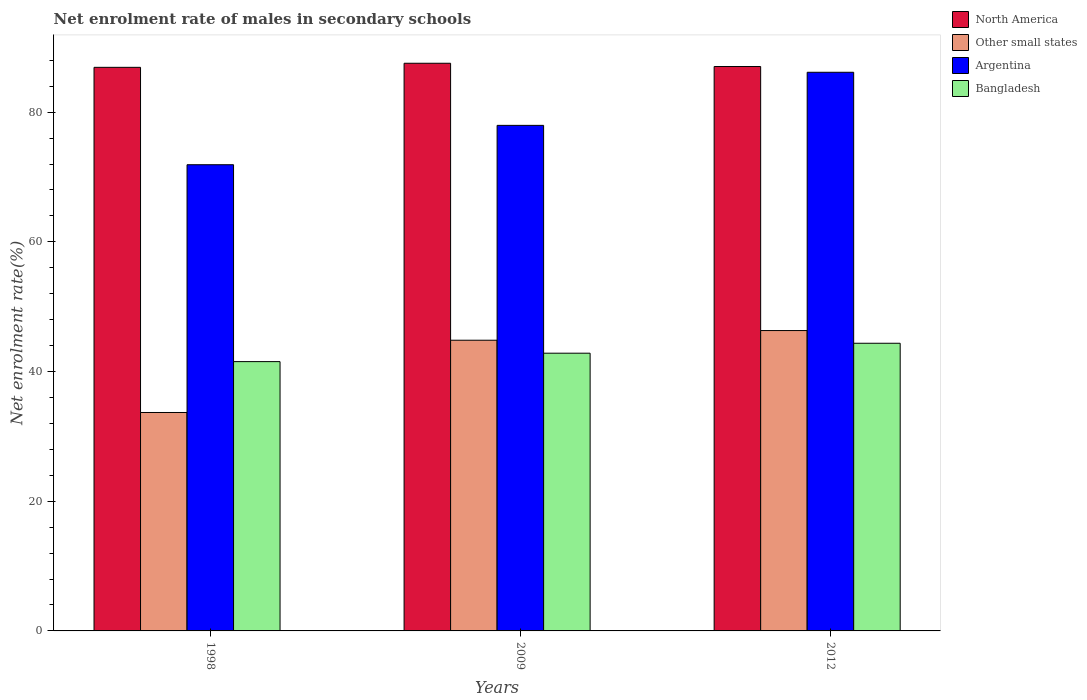
| Years | North America | Other small states | Argentina | Bangladesh |
 | --- | --- | --- | --- | --- |
 | 1998 | 86.9 | 33.7 | 71.9 | 41.5 |
 | 2009 | 87.5 | 44.8 | 78 | 42.8 |
 | 2012 | 87 | 46.3 | 86.2 | 44.4 |